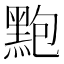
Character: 𪐼